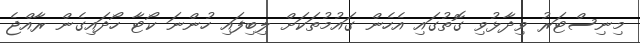
މިނިސްޓަރު ވިދާޅުވި ގޮތުގައި އެހެން ގައުމުތަކަށް ލިބިފައި ހުންނަ ކޯޓާ ހޯދައިގެން ރާއްޖެ